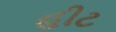
હીટ